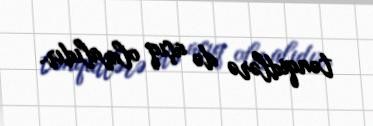
tənqidlərə də açıq olmalıdır.